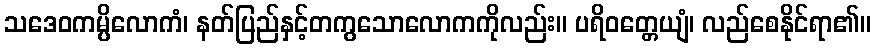
သဒေဝကမ္ပိလောကံ၊ နတ်ပြည်နှင့်တကွသောလောကကိုလည်း။ ပရိဝတ္တေယျံ၊ လည်စေနိုင်ရာ၏။